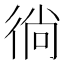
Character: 徜